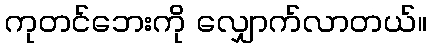
ကုတင်ဘေးကို လျှောက်လာတယ်။